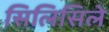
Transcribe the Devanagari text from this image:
सिलिसिले